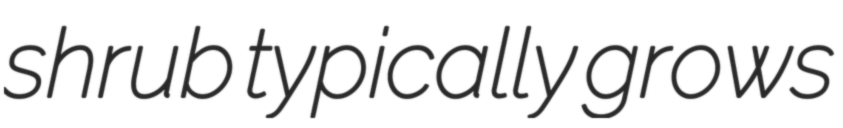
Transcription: shrub typically grows